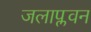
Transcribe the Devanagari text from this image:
जलाप्लवन